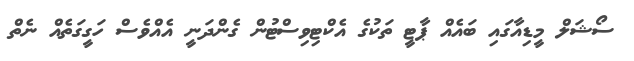
ސޯޝަލް މީޑިއާގައި ބައެއް ޕާޓީ ތަކުގެ އެކްޓިވިސްޓުން ގެންދަނީ އެއްވެސް ހަގީގަތެއް ނެތް